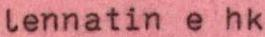
lennatin e hk